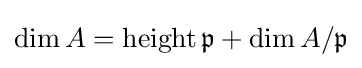
\dim A=\operatorname {height} {\mathfrak {p}}+\dim A/{\mathfrak {p}}